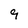
Character: 9